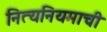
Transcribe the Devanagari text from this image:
नित्यनियमाची